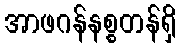
အာဖဂန်နစ္စတန်ရှိ